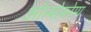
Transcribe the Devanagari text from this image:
ओल्योकोमा